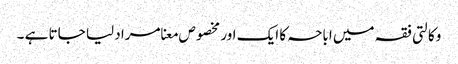
وکالتی فقہ میں اباحہ کا ایک اور مخصوص معنا مراد لیا جاتا ہے ۔